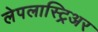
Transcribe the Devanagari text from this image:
लेपलास्ट्रिअर